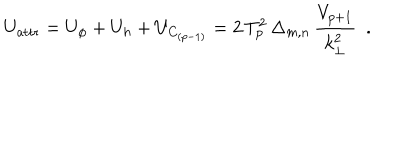
U _ { \mathrm { a t t r } } = U _ { \phi } + U _ { h } + U _ { C _ { ( p - 1 ) } } = 2 \, T _ { p } ^ { 2 } \, \Delta _ { m , n } \, \frac { V _ { p + 1 } } { k _ { \bot } ^ { 2 } } ~ ~ .